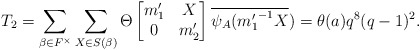
\begin{align*} T_2= \sum_{\beta \in F^{\times}}\sum_{X \in S(\beta)}\Theta \begin{bmatrix} m_1' & X\\ 0 & m_2' \end{bmatrix}\overline{\psi_A({m_1'}^{-1}X})=\theta(a)q^8(q-1)^2.\end{align*}